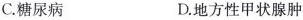
C.糖尿病 D.地方性甲状腺肿